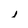
Character: L